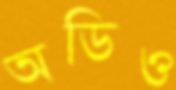
অডিও